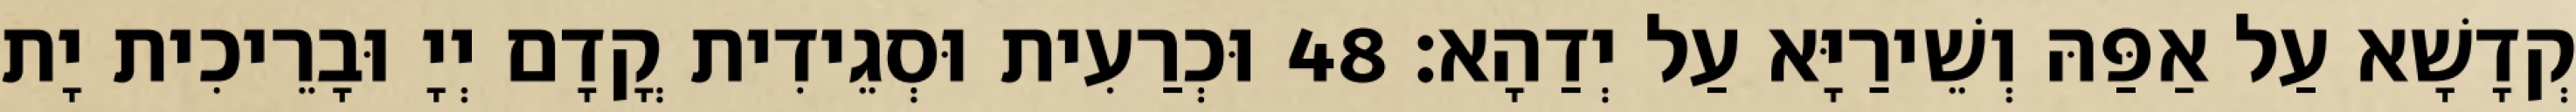
קְדָשָׁא עַל אַפַּהּ וְשֵׁירַיָּא עַל יְדַהָא׃ 48 וּכְרַעִית וּסְגֵידִית קֳדָם יְיָ וּבָרֵיכִית יָת